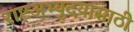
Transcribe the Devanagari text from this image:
राष्टअभ्युदयासाठी